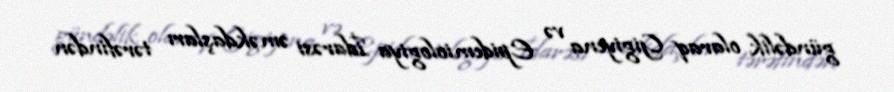
gündəlik olaraq Gigiyena və Epidemiologiya İdarəsi əməkdaşları tərəfindən